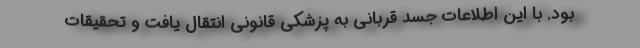
بود. با این اطلاعات جسد قربانی به پزشکی قانونی انتقال یافت و تحقیقات